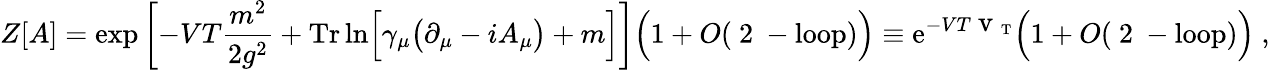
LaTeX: Z[A]=\exp\left[-VT{\frac{m^{2}}{2g^{2}}}+\mathrm{Tr}\ln\Bigl[\gamma_{\mu}\bigl(\partial_{\mu}-iA_{\mu}\bigr)+m\Bigr]\right]\Bigl(1+O(\mathrm{~2~-loop})\Bigr)\equiv{\mathrm e}^{-VT{\mathrm{\Large~v~}}_{\mathrm{T}}}\Bigl(1+O(\mathrm{~2~-loop})\Bigr)\ ,